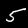
Label: 5